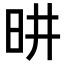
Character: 𪰉